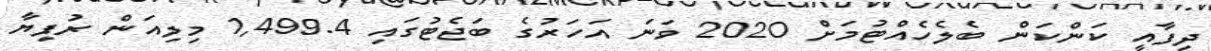
ދިފާއީ ކަންކަން ބެލެހެއްޓުމަށް 2020 ވަނަ އަހަރުގެ ބަޖެޓުގައި 1